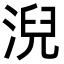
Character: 淣